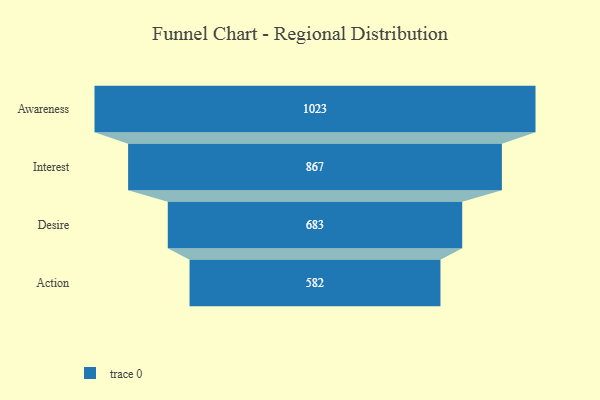
{"axis": {"x": "Stage", "y": "Value"}, "legend": [""], "data": [{"x": "Awareness", "y": 1023.0, "type": ""}, {"x": "Interest", "y": 867.0, "type": ""}, {"x": "Desire", "y": 683.0, "type": ""}, {"x": "Action", "y": 582.0, "type": ""}]}